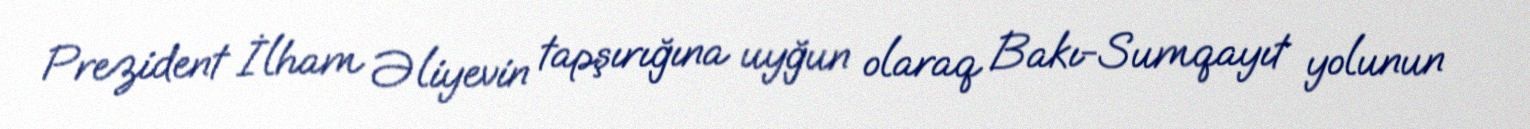
Prezident İlham Əliyevin tapşırığına uyğun olaraq Bakı-Sumqayıt yolunun